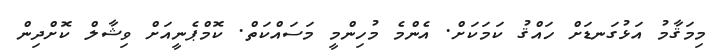
މިމަޤާމު އަޅުގަނޑަށް ހައްޤު ކަމަކަށް. އެންމެ މުހިންމީ މަސައްކަތް. ކޮމްޕެނީއަށް ވިޝާލް ކޮށްދިން